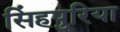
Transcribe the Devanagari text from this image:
सिंहपुरिया